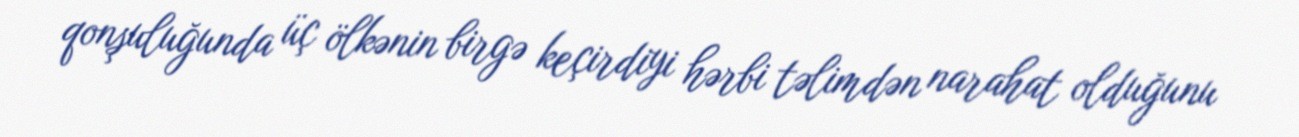
qonşuluğunda üç ölkənin birgə keçirdiyi hərbi təlimdən narahat olduğunu